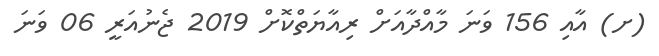
(ށ) އާއި 156 ވަނަ މާއްދާއަށް ރިއާޔަތްކޮށް 2019 ޖެނުއަރީ 06 ވަނަ